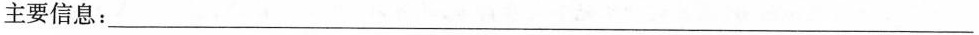
主要信息：___